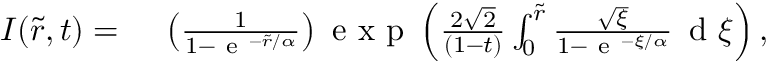
\begin{array} { r l } { I ( \tilde { r } , t ) = } & { { } \; \left( \frac { 1 } { 1 - \mathrm { ~ e ~ } ^ { - \tilde { r } / \alpha } } \right) \mathrm { ~ e ~ x ~ p ~ } \left( \frac { 2 \sqrt { 2 } } { ( 1 - t ) } \int _ { 0 } ^ { \tilde { r } } \frac { \sqrt { \xi } } { 1 - \mathrm { ~ e ~ } ^ { - \xi / \alpha } } \, \mathrm { ~ d ~ } \xi \right) , } \end{array}